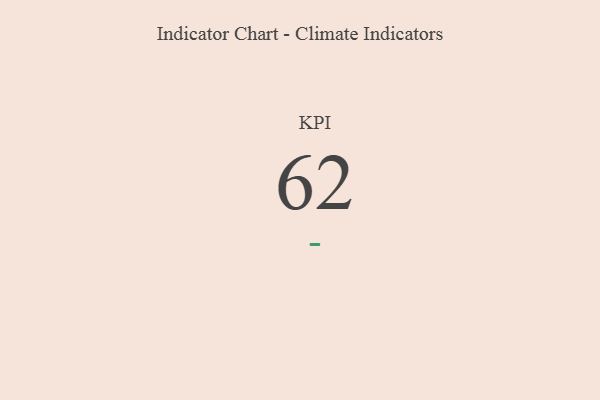
{"axis": {"x": "KPI", "y": "Value"}, "legend": [""], "data": [{"x": "KPI", "y": 62, "type": ""}]}